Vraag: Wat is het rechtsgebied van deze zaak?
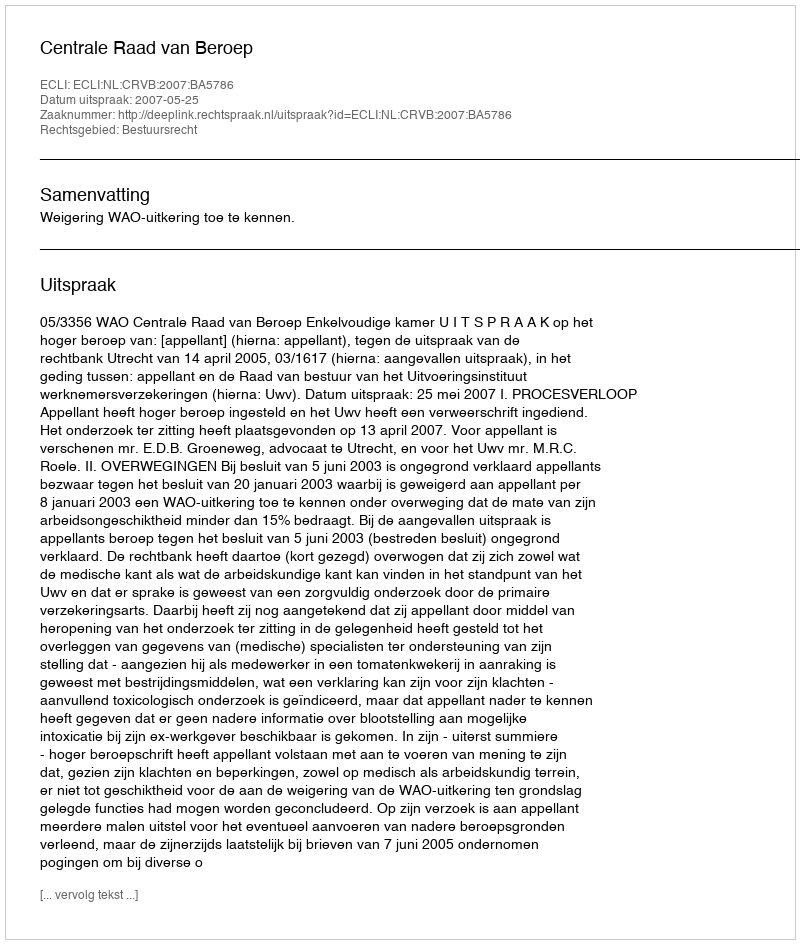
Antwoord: Bestuursrecht